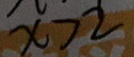
x > 2